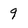
Character: 9